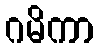
ဂမိကာ